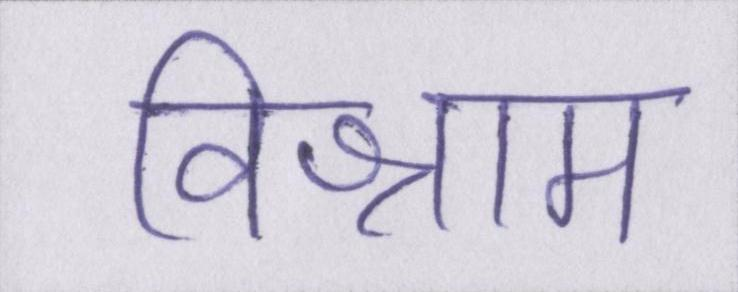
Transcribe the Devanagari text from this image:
विश्राम